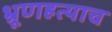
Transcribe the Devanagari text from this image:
भ्रूणहत्याच